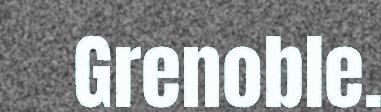
Grenoble.